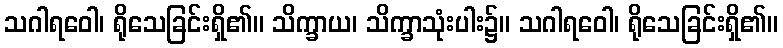
သဂါရဝေါ၊ ရိုသေခြင်းရှိ၏။ သိက္ခာယ၊ သိက္ခာသုံးပါး၌။ သဂါရဝေါ၊ ရိုသေခြင်းရှိ၏။